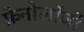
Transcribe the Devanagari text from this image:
फ्रेनोलॉजी